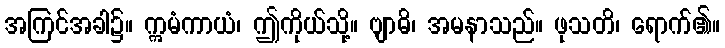
အကြင်အခါ၌။ ဣမံကာယံ၊ ဤကိုယ်သို့။ ဗျာဓိ၊ အမနာသည်။ ဖုသတိ၊ ရောက်၏။